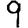
Digit: 9